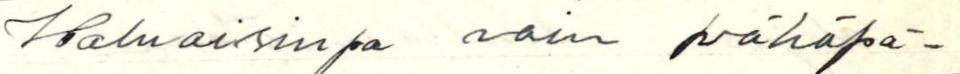
Haluaisinpa vain vähäpä-